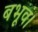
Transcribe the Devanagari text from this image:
बभूव।